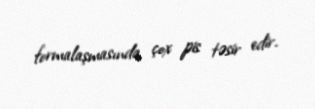
formalaşmasında çox pis təsir edir.